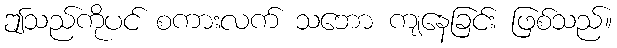
ဤသည်ကိုပင် စကားလက် သဘော ကျနေခြင်း ဖြစ်သည်။